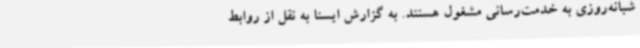
شبانه‌روزی به خدمت‌رسانی مشغول هستند. به گزارش ایسنا به نقل از روابط